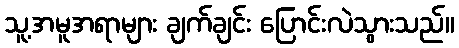
သူ့အမူအရာများ ချက်ချင်း ပြောင်းလဲသွားသည်။